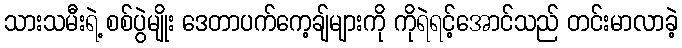
သားသမီးရဲ့ စစ်ပွဲမျိုး ဒေတာပက်ကေ့ချ်များကို ကိုရဲရင့်အောင်သည် တင်းမာလာခဲ့